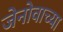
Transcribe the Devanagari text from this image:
जेनोवाच्या